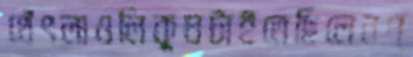
থেঁৎলাওলিকুঘটাইতেছিলেনপ্